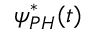
\psi _ { P H } ^ { * } ( t )